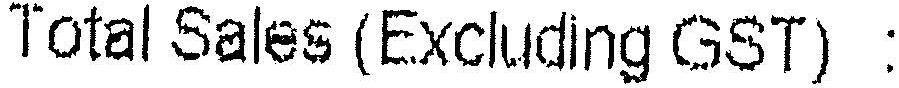
TOTAL SALES (EXCLUDING GST) :